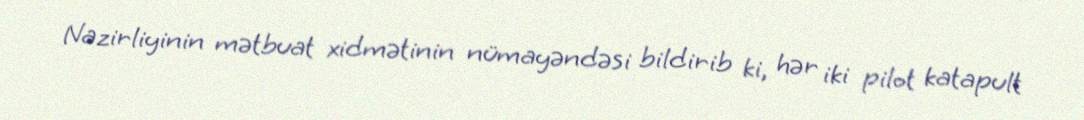
Nazirliyinin mətbuat xidmətinin nümayəndəsi bildirib ki, hər iki pilot katapult